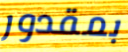
بمقدور